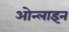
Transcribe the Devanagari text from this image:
ओन्लाइन